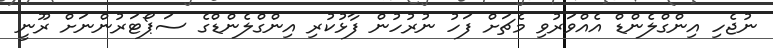
ނުޖެހި އިންގްލެންޑް އެއްވަރުވި މެޗަށް ފަހު ނުރުހުން ފާޅުކުރި އިންގްލެންޑްގެ ސަޕޯޓަރުންނަށް ރޫނީ